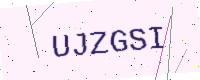
Text: UJZGSI